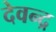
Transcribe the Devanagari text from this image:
देवन्द्र